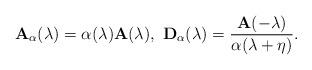
LaTeX: \begin{align*}\mathbf{A}_{\alpha }(\lambda )=\alpha (\lambda )\mathbf{A}(\lambda ),\text{\ }\mathbf{D}_{\alpha }(\lambda )=\frac{\mathbf{A}(-\lambda )}{\alpha(\lambda +\eta )}.\end{align*}